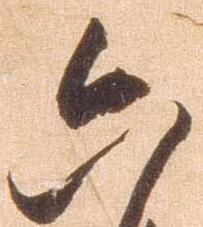
六